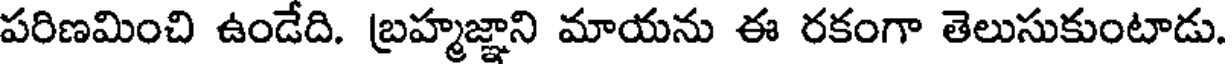
పరిణమించి ఉండేది. బ్రహ్మజ్ఞాని మాయను ఈ రకంగా తెలుసుకుంటాడు.